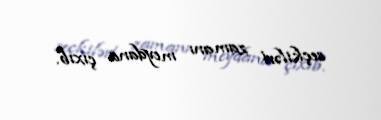
seçkiləri zamanı meydana çıxıb.